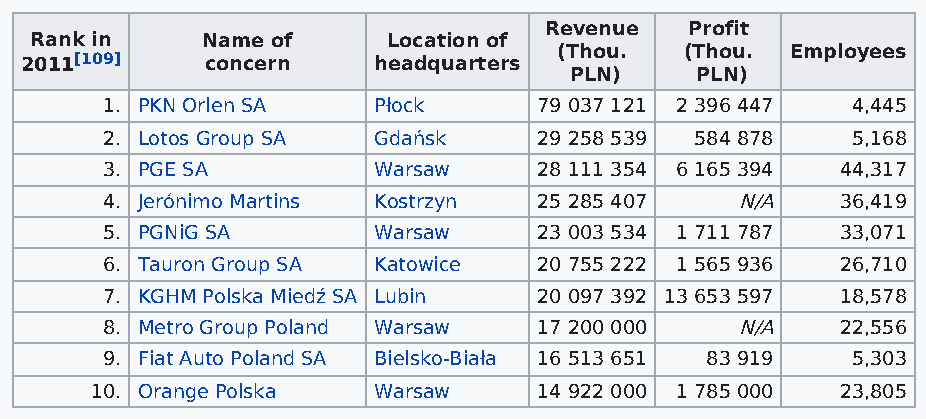
Revenue   Profit
 Rank in    Name of      Location of
 (Thou.  (Thou. Employees
 2011[109]    concern    headquarters
 PLN)    PLN)
 1. PKN Orlen SA   Płock      79 037 121 2 396 447 4,445
 2. Lotos Group SA Gdańsk     29 258 539 584 878  5,168
 3. PGE SA         Warsaw     28 111 354 6 165 394 44,317
 4. Jerónimo Martins Kostrzyn 25 285 407   N/A    36,419
 5. PGNiG SA       Warsaw     23 003 534 1 711 787 33,071
 6. Tauron Group SA Katowice  20 755 222 1 565 936 26,710
 7. KGHM Polska Miedź SA Lubin 20 097 392 13 653 597 18,578
 8. Metro Group Poland Warsaw 17 200 000   N/A    22,556
 9. Fiat Auto Poland SA Bielsko-Biała 16 513 651 83 919 5,303
 10. Orange Polska  Warsaw     14 922 000 1 785 000 23,805